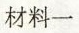
材料一